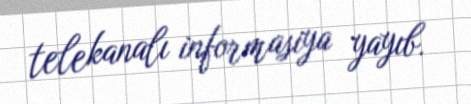
telekanalı informasiya yayıb.